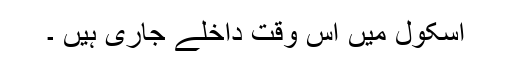
اسکول میں اس وقت داخلے جاری ہیں ۔